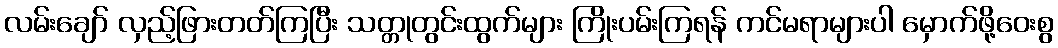
လမ်းချော် လှည့်ဖြားတတ်ကြပြီး သတ္တုတွင်းထွက်များ ကြိုးပမ်းကြရန် ကင်မရာများပါ မှောက်ဖို့ဝေးစွ